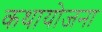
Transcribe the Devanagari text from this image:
कथायोजना